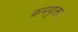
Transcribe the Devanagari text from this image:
क्रमयुक्ता